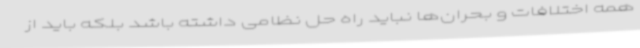
همه اختلافات و بحران‌ها نباید راه حل نظامی داشته باشد بلکه باید از